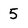
Character: 5